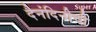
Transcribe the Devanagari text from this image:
दैनंदिनीची